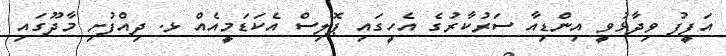
އަފީފު ވިދާޅުވީ އިންޑިއާ ސަރުކާރުގެ އެހީގައި ޕޮލިސް އެކަޑަމީއެއް ޅ. ދިއްފުށި މާދޫގައި